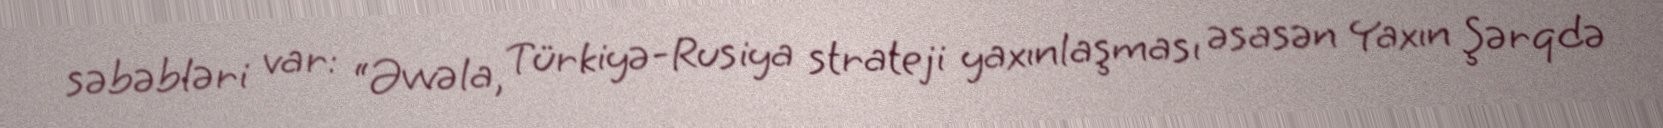
səbəbləri var: “Əvvəla, Türkiyə-Rusiya strateji yaxınlaşması əsasən Yaxın Şərqdə